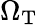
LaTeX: \Omega_{\mathrm{T}}